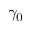
\gamma _ { 0 }